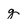
Character: g